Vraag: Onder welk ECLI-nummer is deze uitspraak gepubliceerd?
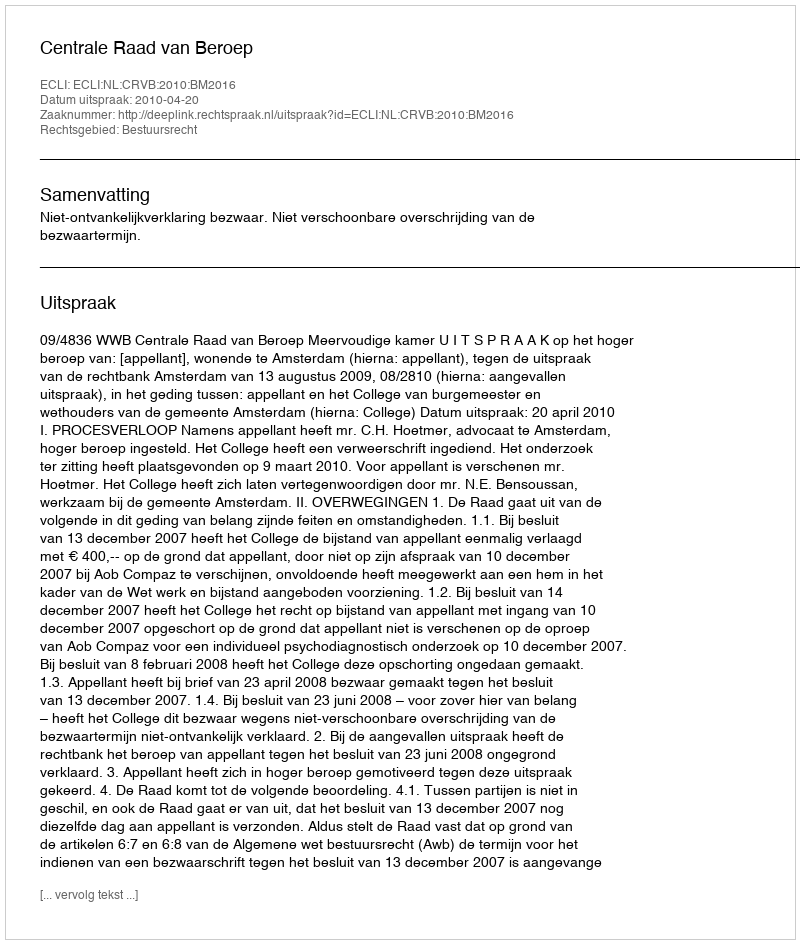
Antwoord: ECLI:NL:CRVB:2010:BM2016